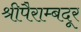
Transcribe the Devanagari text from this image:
श्रीपैराम्बदूर